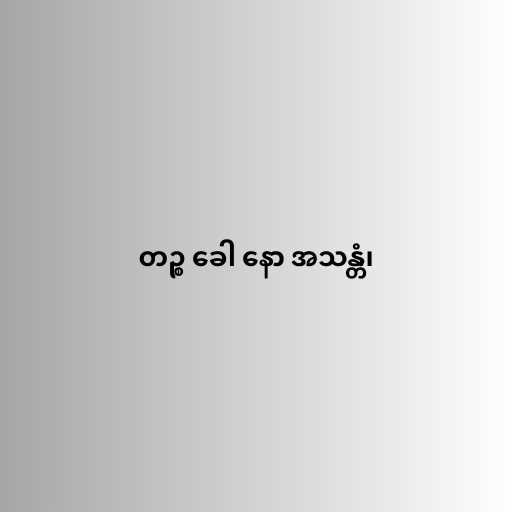
တဉ္စ ခေါ နော အသန္တံ၊